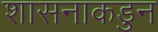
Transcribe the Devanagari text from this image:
शासनाकडुन